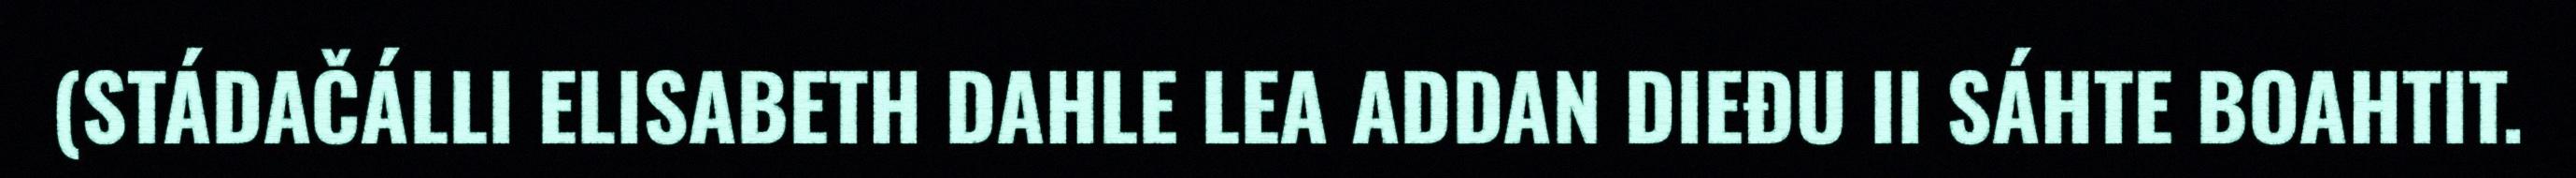
(STÁDAČÁLLI ELISABETH DAHLE LEA ADDAN DIEĐU II SÁHTE BOAHTIT.